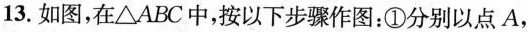
13.如图，在\triangle ABC中，按以下步骤作图：①分别以点A，